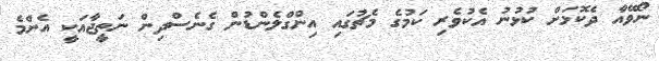
ނޯވޭއާ ދެކޮޅަށް ކުޅުނު އެކުވެރި ކަމުގެ މެޗުގައި އިންގްލެންޑުން ގެނެސްދިން ނަތީޖާއަކީ އެންމެ